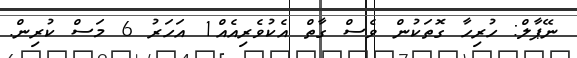
ނޭޕާލް: ހުރިހާ ގޮތަކުން ވެސް ގާތް އެކުވެރިއެއް1 އަހަރު 6 މަސް ކުރިން.